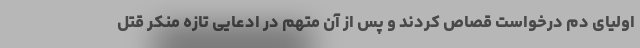
اولیای دم درخواست قصاص کردند و پس از آن متهم در ادعایی تازه منکر قتل